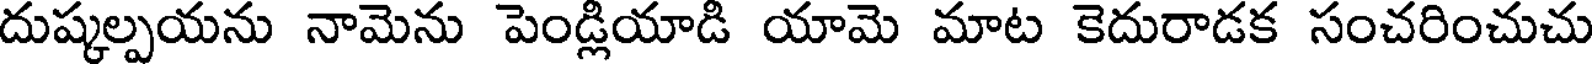
దుష్కల్పయను నామెను పెండ్లియాడి యామె మాట కెదురాడక సంచరించుచు